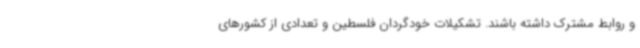
و روابط مشترک داشته باشند. تشکیلات خودگردان فلسطین و تعدادی از کشورهای